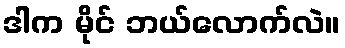
ဒါက မိုင် ဘယ်လောက်လဲ။